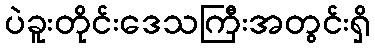
ပဲခူးတိုင်းဒေသကြီးအတွင်းရှိ